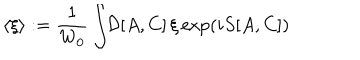
\langle \xi \rangle : = { \frac { 1 } { W _ { 0 } } } \int \! \! { \cal D } [ A , C ] \, \xi \exp ( i S [ A , C ] )